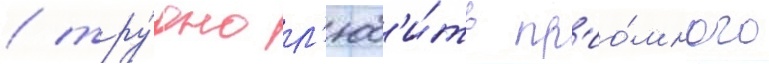
/ тру́дно л'юб'и́ть пр'ио́много